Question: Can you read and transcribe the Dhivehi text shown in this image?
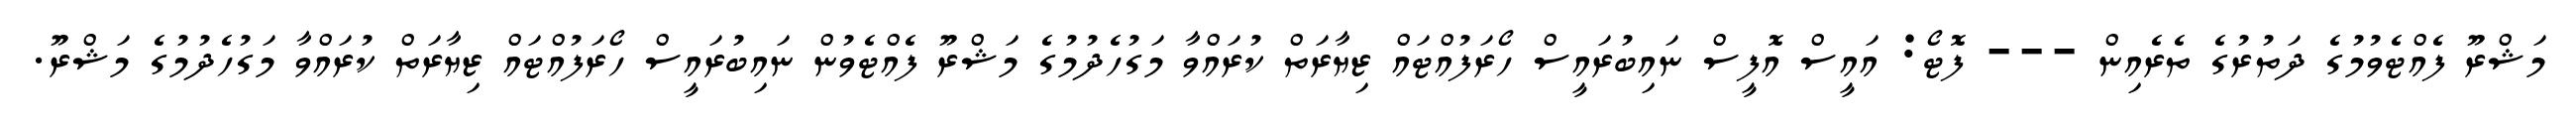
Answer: މަޝްރޫ ފެއްޓެވުމުގެ ދަތުރުގެ ތެރެއިން --- ފޮޓޯ: އައީސް އޮފީސް ނައިބުރައީސް ހޯރަފުއްޓައް ޒިޔާރަތް ކުރައްވާ މަގުހެދުމުގެ މަޝްރޫ ފެއްޓެވުން ނައިބުރައީސް ހޯރަފުއްޓައް ޒިޔާރަތް ކުރައްވާ މަގުހެދުމުގެ މަޝްރޫ.